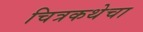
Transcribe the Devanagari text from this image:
चित्रकथेचा